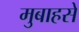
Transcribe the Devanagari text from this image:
मुबाहसे